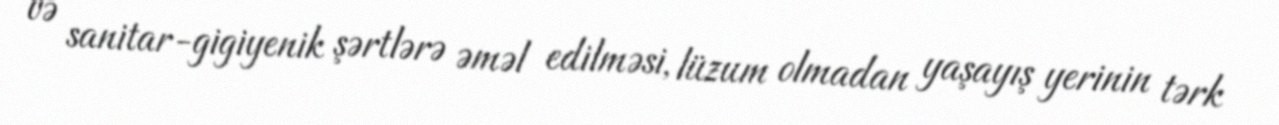
və sanitar-gigiyenik şərtlərə əməl edilməsi, lüzum olmadan yaşayış yerinin tərk